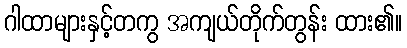
ဂါထာများနှင့်တကွ အကျယ်တိုက်တွန်း ထား၏။